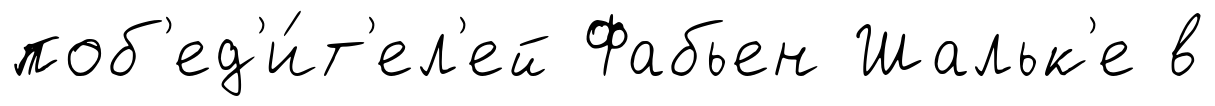
поб'ед'и́т'ел'ей Фабьен Шальк'е в